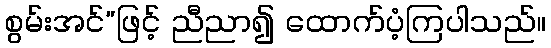
စွမ်းအင်”ဖြင့် ညီညာ၍ ထောက်ပံ့ကြပါသည်။